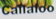
Callafoo